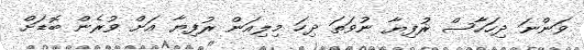
ވަންނަ ދިހަހާސް ރުފިޔާ ނުވަތަ ދިހަ މިލިއަން ރުފިޔާ އަށް ވުރެން ބޮޑަށް